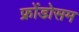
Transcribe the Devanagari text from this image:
फ्रोंडोसम